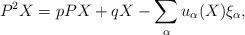
LaTeX: \begin{align*} P^{2}X=pPX+qX-\sum_{\alpha}u_{\alpha}(X)\xi _{\alpha},\end{align*}